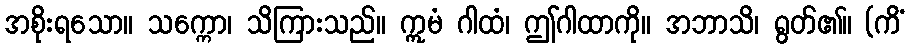
အစိုးရသော။ သက္ကော၊ သိကြားသည်။ ဣမံ ဂါထံ၊ ဤဂါထာကို။ အဘာသိ၊ ရွတ်၏။ (ကိံ